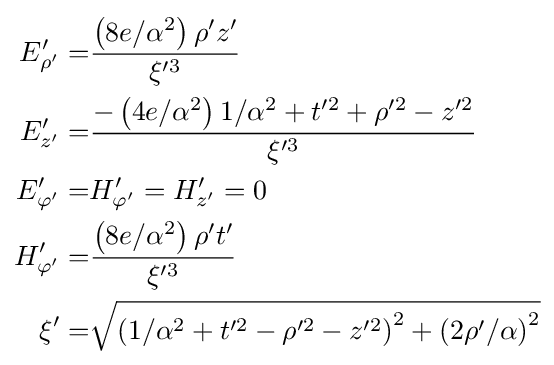
{\begin{aligned}E_{\rho '}'=&{\frac {\left(8e/\alpha ^{2}\right)\rho 'z'}{\xi ^{\prime 3}}}\\E_{z'}'=&{\frac {-\left(4e/\alpha ^{2}\right)1/\alpha ^{2}+t^{\prime 2}+\rho ^{\prime 2}-z^{\prime 2}}{\xi ^{\prime 3}}}\\E_{\varphi '}'=&H_{\varphi '}'=H_{z'}'=0\\H_{\varphi '}'=&{\frac {\left(8e/\alpha ^{2}\right)\rho 't'}{\xi ^{\prime 3}}}\\\xi '=&{\sqrt {\left(1/\alpha ^{2}+t^{\prime 2}-\rho ^{\prime 2}-z^{\prime 2}\right)^{2}+\left(2\rho '/\alpha \right)^{2}}}\end{aligned}}